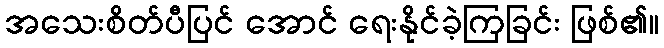
အသေးစိတ်ပီပြင် အောင် ရေးနိုင်ခဲ့ကြခြင်း ဖြစ်၏။